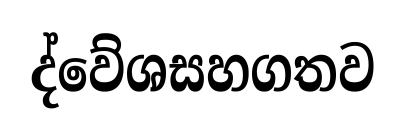
ද්වේශසහගතව